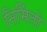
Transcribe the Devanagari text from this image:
निर्मितो